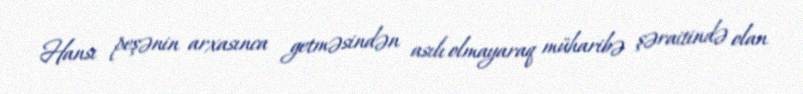
Hansı peşənin arxasınca getməsindən asılı olmayaraq müharibə şəraitində olan